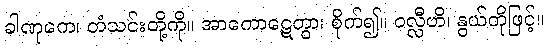
ခါဏုကေ၊ တံသင်းတို့ကို။ အာကောဋေတွာ၊ စိုက်၍။ ဝလ္လီဟိ၊ နွယ်တိုဖြင့်။